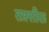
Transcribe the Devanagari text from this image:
तफ़्सील